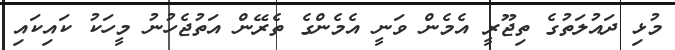
މުޅި ދައުލަތުގެ ތިޖޫރީ އެމެން ވަނީ އެމެންގެ ތެރޭން އަތުޖެހުނު މީހަކު ކައިކައި